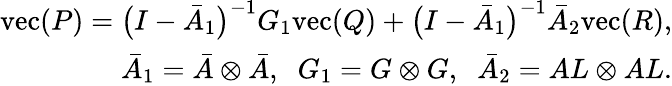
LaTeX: \begin{array}{r}{\mathrm{vec}(P)=\big(I-\bar{A}_{1}\big)^{-1}G_{1}\mathrm{vec}(Q)+\big(I-\bar{A}_{1}\big)^{-1}\bar{A}_{2}\mathrm{vec}(R),}\\ {\bar{A}_{1}=\bar{A}\otimes\bar{A},\; \; G_{1}=G\otimes G,\; \; \bar{A}_{2}=AL\otimes AL.}\end{array}